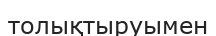
толықтыруымен